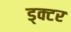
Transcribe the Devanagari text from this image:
ड्क्टर